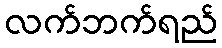
လက်ဘက်ရည်